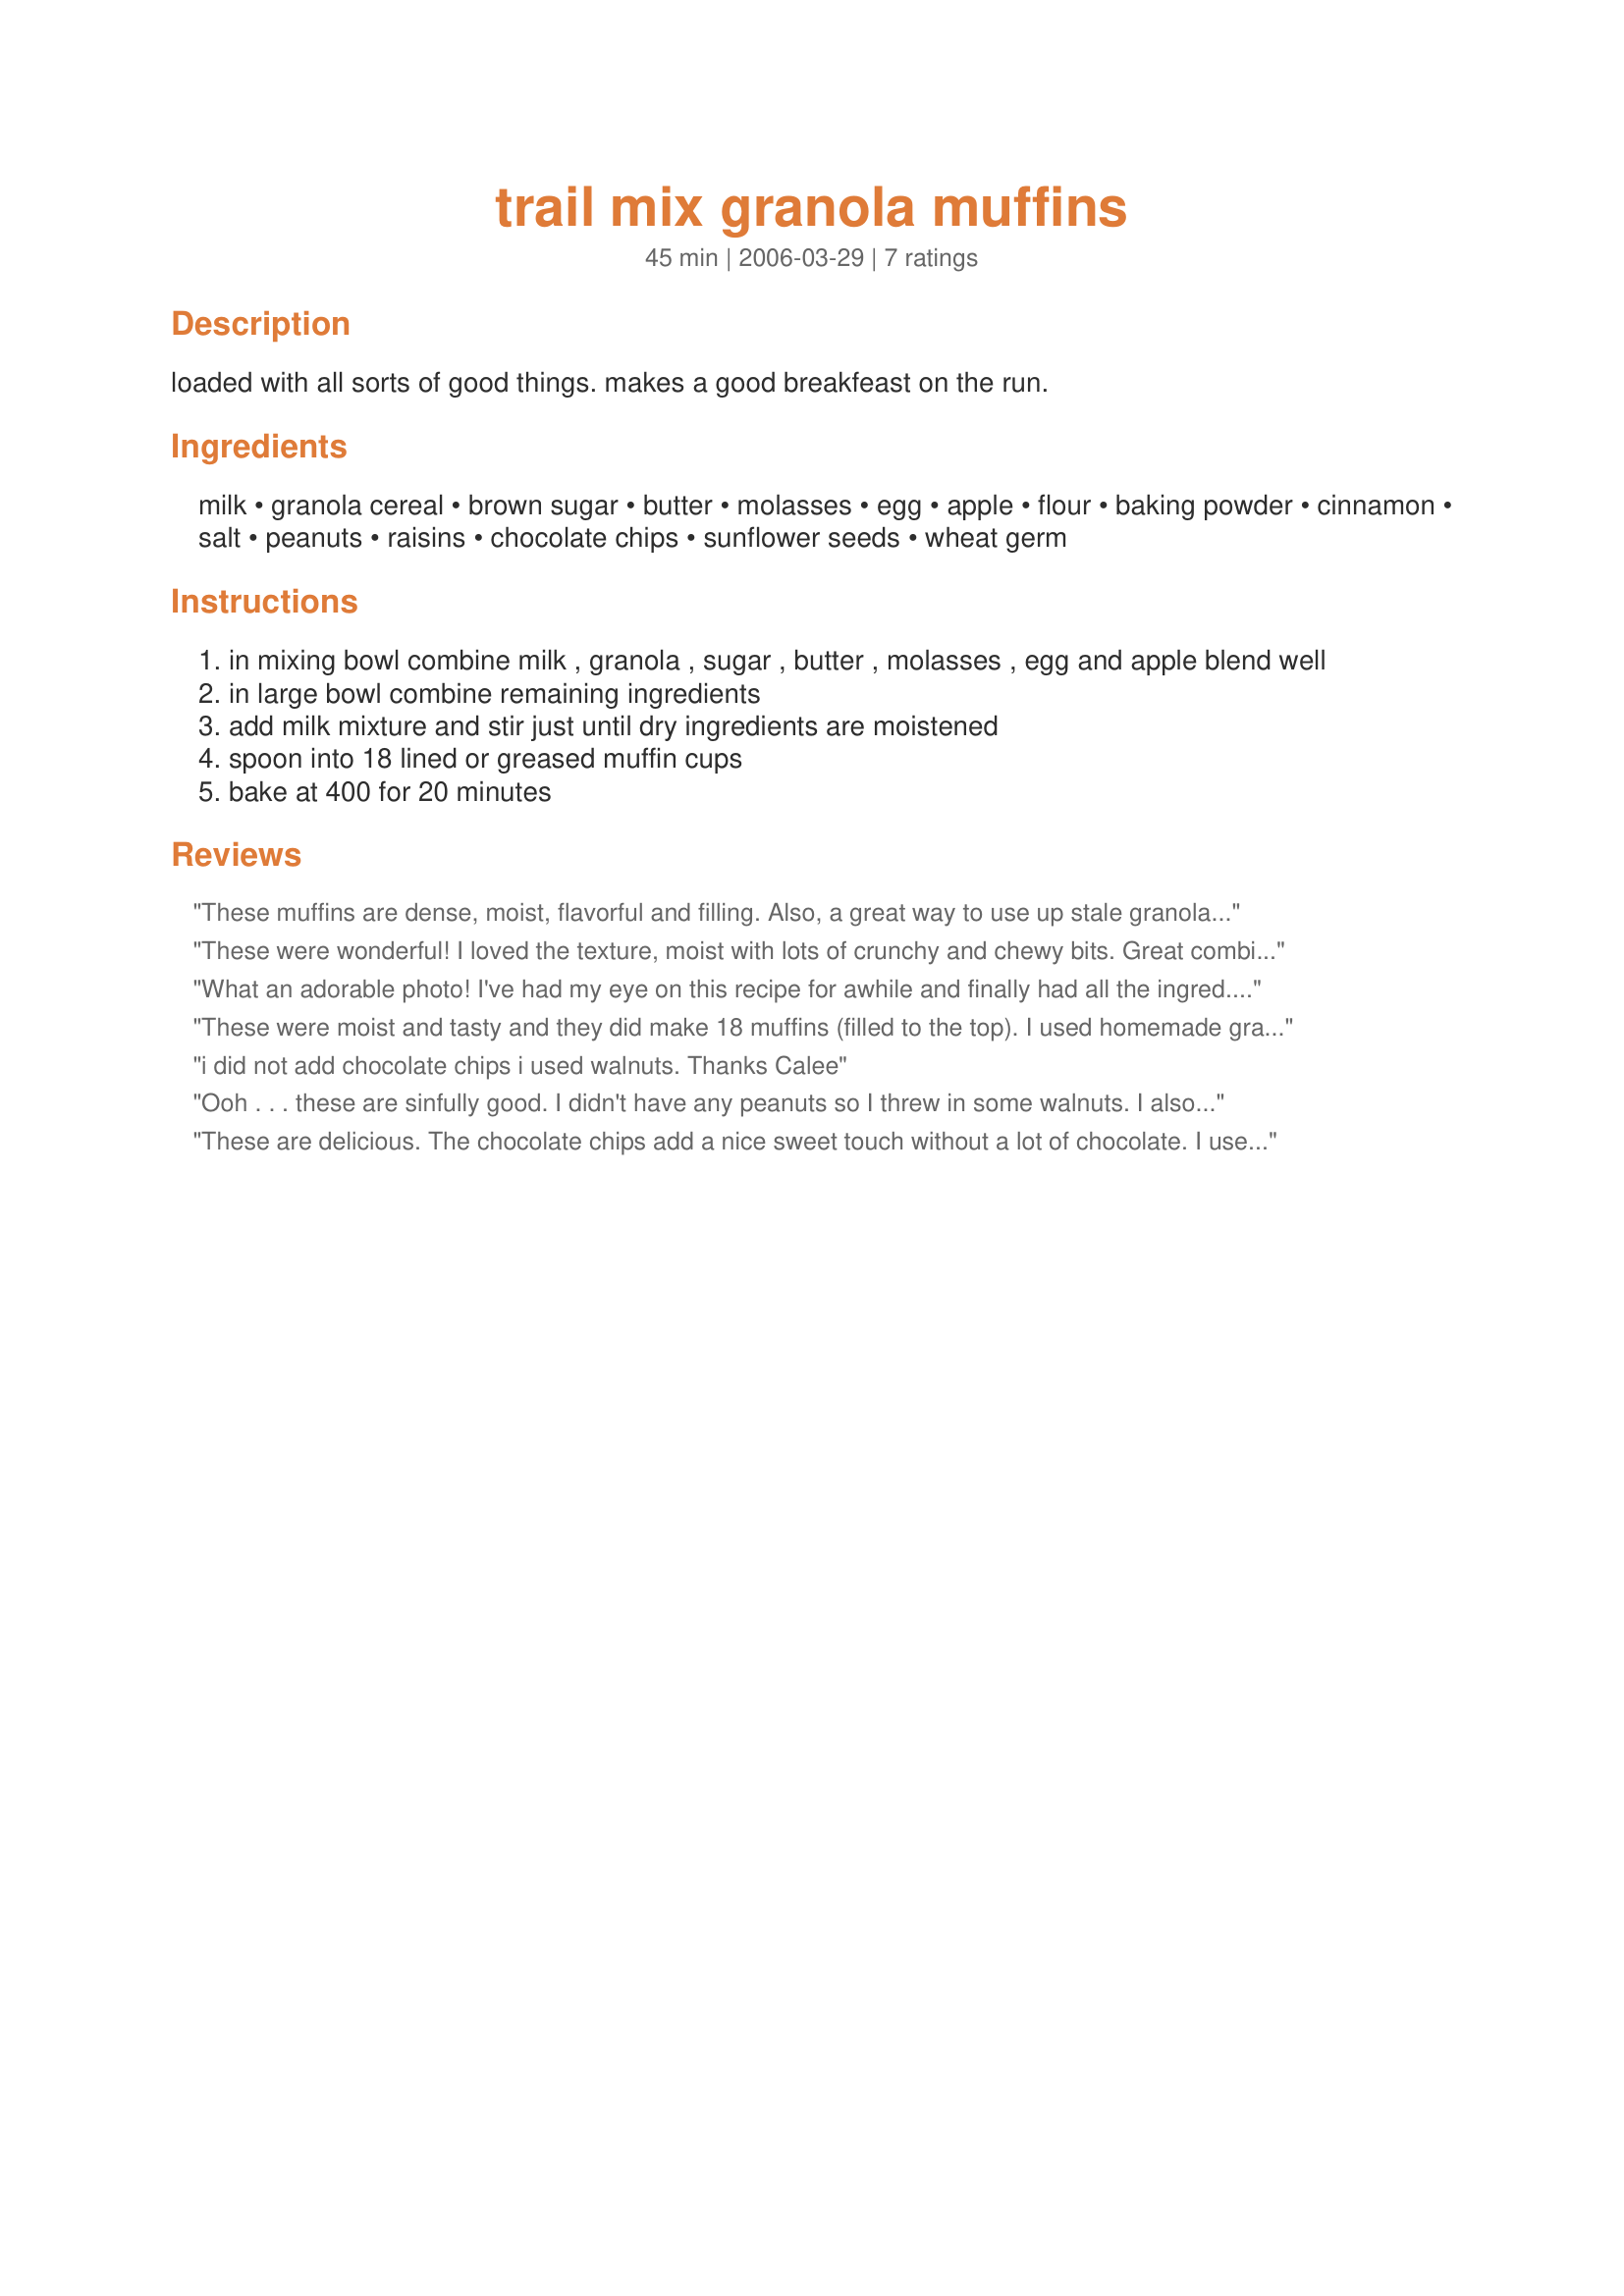
trail mix granola muffins
Preparation time: 45 minutes

loaded with all sorts of good things. makes a good breakfeast on the run.

Ingredients:
milk, granola cereal, brown sugar, butter, molasses, egg, apple, flour, baking powder, cinnamon, salt, peanuts, raisins, chocolate chips, sunflower seeds, wheat germ

Steps:
in mixing bowl combine milk , granola , sugar , butter , molasses , egg and apple blend well
in large bowl combine remaining ingredients
add milk mixture and stir just until dry ingredients are moistened
spoon into 18 lined or greased muffin cups
bake at 400 for 20 minutes

Reviews:
These muffins are dense, moist, flavorful and filling. Also, a great way to use up stale granola sitting in your pantry. Thanks for a great recipe, Calee.
These were wonderful! I loved the texture, moist with lots of crunchy and chewy bits. Great combination of flavors, not so sweet it tastes like cake but sweet enough to want to eat all of em'.:-)I think I'll try them next time with half whole wheat flour and dried cherries instead of raisins.
What an adorable photo! I've had my eye on this recipe for awhile and finally had all the ingred. I followed the recipe but used only 1/4 cup peanuts (but still added a slight peanut butter flavor). These were awesome muffins! I especially enjoyed the crunch of sunflower seeds and the nice crumb wheat germ gives. Thanks Calee, for another great recipe using mixed grains, Calee.

Roxygirl
These were moist and tasty and they did make 18 muffins (filled to the top). I used homemade granola, margarine, reduced the molasses, powdered eggs sub. (out of eggs), w.w. pastry flour, dried cranberries, no sunflower seeds (had some in granola). Halved the salt and added some flax meal as I was short on flour by 1/4 C. Very nice. My DD ate 4 of them already!
i did not add chocolate chips i used walnuts. Thanks Calee
Ooh . . . these are sinfully good. I didn't have any peanuts so I threw in some walnuts. I also had a little cherry pie filling left from another recipe so I rinsed off the cherries, chopped them up and threw them it for a pretty burst of color.
These are delicious. The chocolate chips add a nice sweet touch without a lot of chocolate. I used home-made granola, Becel instead of butter, honey instead of molasses, half whole wheat flour and egg substitute instead of eggs. I did not add peanuts (my husband hates them) or add salt as I had used salted sunflower seeds. I will definitely make these again.
